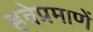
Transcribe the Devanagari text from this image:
हवेप्रमाणें